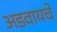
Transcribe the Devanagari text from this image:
अडवायचे